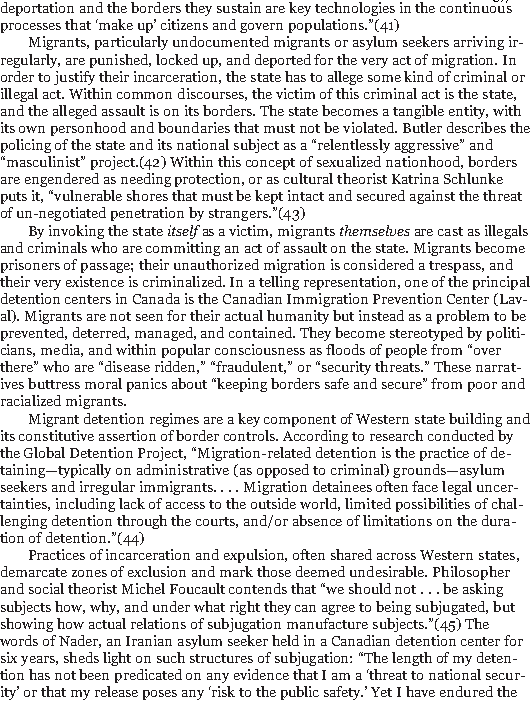
37/186
 deportation and the borders they sustain are key technologies in the continuous
 processes that ‘make up’ citizens and govern populations.”(41)
 Migrants, particularly undocumented migrants or asylum seekers arriving ir-
 regularly, are punished, locked up, and deported for the very act of migration. In
 order to justify their incarceration, the state has to allege some kind of criminal or
 illegal act. Within common discourses, the victim of this criminal act is the state,
 and the alleged assault is on its borders. The state becomes a tangible entity, with
 its own personhood and boundaries that must not be violated. Butler describes the
 policing of the state and its national subject as a “relentlessly aggressive” and
 “masculinist” project.(42) Within this concept of sexualized nationhood, borders
 are engendered as needing protection, or as cultural theorist Katrina Schlunke
 puts it, “vulnerable shores that must be kept intact and secured against the threat
 of un-negotiated penetration by strangers.”(43)
 By invoking the stateitselfas a victim, migrantsthemselvesare cast as illegals
 and criminals who are committing an act of assault on the state. Migrants become
 prisoners of passage; their unauthorized migration is considered a trespass, and
 their very existence is criminalized. In a telling representation, one of the principal
 detention centers in Canada is the Canadian Immigration Prevention Center (Lav-
 al). Migrants are not seen for their actual humanity but instead as a problem to be
 prevented, deterred, managed, and contained. They become stereotyped by politi-
 cians, media, and within popular consciousness as floods of people from “over
 there” who are “disease ridden,” “fraudulent,” or “security threats.” These narrat-
 ives buttress moral panics about “keeping borders safe and secure” from poor and
 racialized migrants.
 Migrant detention regimes are a key component of Western state building and
 its constitutive assertion of border controls. According to research conducted by
 the Global Detention Project, “Migration-related detention is the practice of de-
 taining—typically on administrative (as opposed to criminal) grounds—asylum
 seekers and irregular immigrants. . . . Migration detainees often face legal uncer-
 tainties, including lack of access to the outside world, limited possibilities of chal-
 lenging detention through the courts, and/or absence of limitations on the dura-
 tion of detention.”(44)
 Practices of incarceration and expulsion, often shared across Western states,
 demarcate zones of exclusion and mark those deemed undesirable. Philosopher
 and social theorist Michel Foucault contends that “we should not .. .be asking
 subjects how, why, and under what right they can agree to being subjugated, but
 showing how actual relations of subjugation manufacture subjects.”(45) The
 words of Nader, an Iranian asylum seeker held in a Canadian detention center for
 six years, sheds light on such structures of subjugation: “The length of my deten-
 tion has not been predicated on any evidence that I am a ‘threat to national secur-
 ity’ or that my release poses any ‘risk to the public safety.’ Yet I have endured the